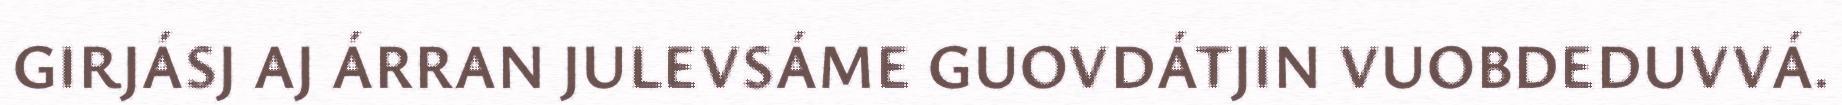
GIRJÁSJ AJ ÁRRAN JULEVSÁME GUOVDÁTJIN VUOBDEDUVVÁ.